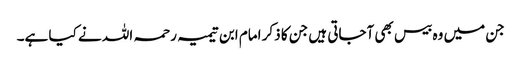
جن میں وہ بیس بھی آجاتی ہیں جن کا ذکر امام ابن تیمیہ رحمہ اللہ نے کیا ہے۔